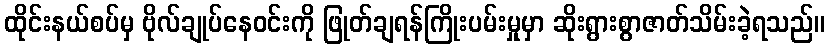
ထိုင်းနယ်စပ်မှ ဗိုလ်ချုပ်နေဝင်းကို ဖြုတ်ချရန်ကြိုးပမ်းမှုမှာ ဆိုးရွားစွာဇာတ်သိမ်းခဲ့ရသည်။